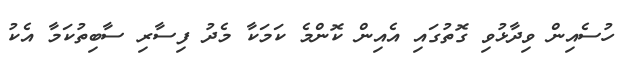
ހުސެއިން ވިދާޅުވި ގޮތުގައި އެއިން ކޮންމެ ކަމަކާ މެދު ފިސާރި ސާބިތުކަމާ އެކު